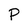
Character: P